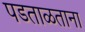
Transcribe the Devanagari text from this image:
पडताळताना